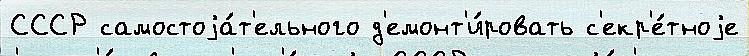
СССР самостоjа́т'ельного д'емонт'и́ровать с'екр'е́тноjе